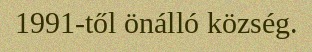
1991-től önálló község.